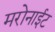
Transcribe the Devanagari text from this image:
मरोनाईट